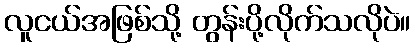
လူငယ်အဖြစ်သို့ တွန်းပို့လိုက်သလိုပဲ။